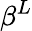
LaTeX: \beta^{L}